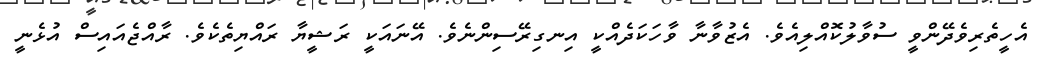
އެހީތެރިވެދޭންވީ ސުވާލުކޮއްލިއެވެ. އެޒުވާނާ ވާހަކަދެއްކީ އިނގިރޭސިންނެވެ. އޭނައަކީ ރަޝީޔާ ރައްޔިތެކެވެ. ރާއްޖެއައިސް އުޅެނީ